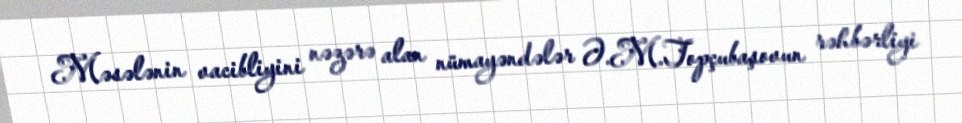
Məsələnin vacibliyini nəzərə alan nümayəndələr Ə.M.Topçubaşovun rəhbərliyi